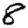
Digit: 8